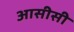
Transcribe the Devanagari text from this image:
आसीसी